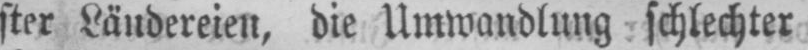
ster Ländereien, die Umwandlung schlechter